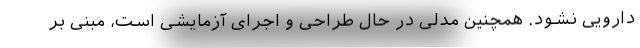
دارویی نشود. همچنین مدلی در حال طراحی و اجرای آزمایشی است، مبنی بر